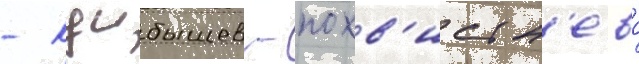
- куибышев - похв'истн'ево